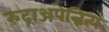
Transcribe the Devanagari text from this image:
रुद्राञ्जपेन्नित्यं